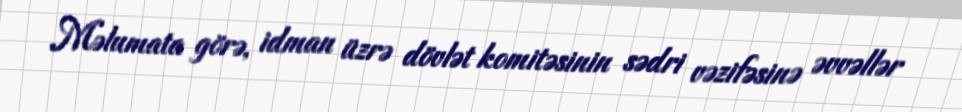
Məlumata görə, idman üzrə dövlət komitəsinin sədri vəzifəsinə əvvəllər